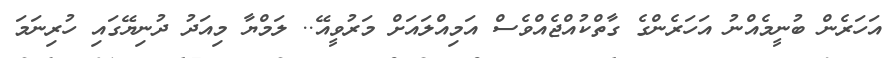
އަހަރެން ބުނީމެއްނު އަހަރެންގެ ގާތްކުއްޖެއްވެސް އަމިއްލައަށް މަރުވީއޭ.. ލަމްޔާ މިއަދު ދުނިޔޭގައި ހުރިނަމަ